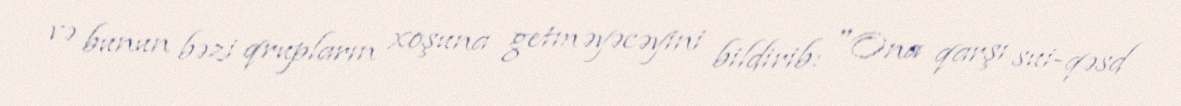
və bunun bəzi qrupların xoşuna getməyəcəyini bildirib: "Ona qarşı sui-qəsd